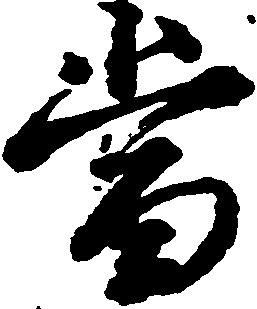
当